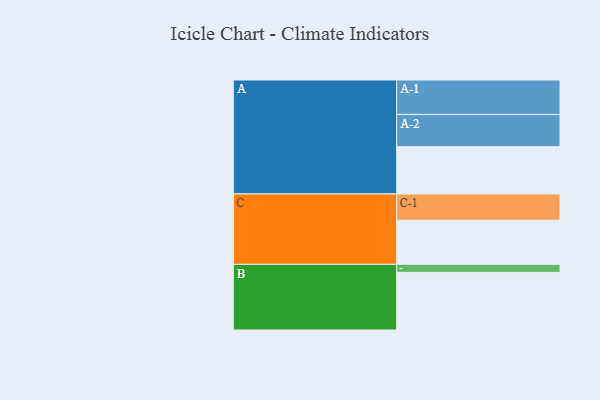
{"axis": {"x": "Segment", "y": "Value"}, "legend": ["", "A", "B", "C"], "data": [{"x": "A", "y": 395, "type": ""}, {"x": "B", "y": 482, "type": ""}, {"x": "C", "y": 369, "type": ""}, {"x": "A-1", "y": 288, "type": "A"}, {"x": "A-2", "y": 270, "type": "A"}, {"x": "B-1", "y": 67, "type": "B"}, {"x": "C-1", "y": 220, "type": "C"}]}